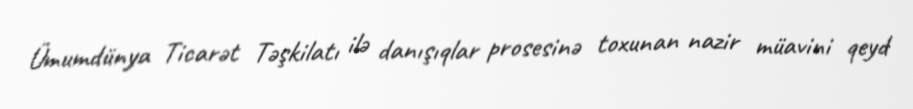
Ümumdünya Ticarət Təşkilatı ilə danışıqlar prosesinə toxunan nazir müavini qeyd